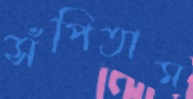
সঁপিতাম